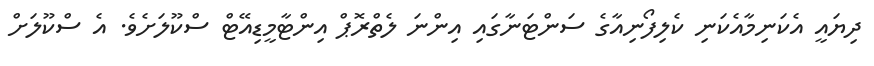
ދިޔައީ އެކަނިމާއެކަނި ކެލިފޯނިއާގެ ސަންޓަނާގައި އިންނަ ލެތްރޮޕް އިންޓާމީޑިއޭޓް ސްކޫލަށެވެ. އެ ސްކޫލަށް